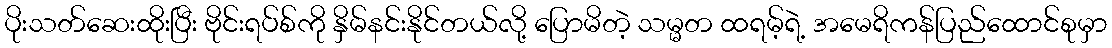
ပိုးသတ်ဆေးထိုးပြီး ဗိုင်းရပ်စ်ကို နှိမ်နင်းနိုင်တယ်လို့ ပြောမိတဲ့ သမ္မတ ထရမ့်ရဲ့ အမေရိကန်ပြည်ထောင်စုမှာ